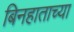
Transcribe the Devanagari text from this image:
बिनहाताच्या